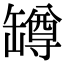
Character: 罇